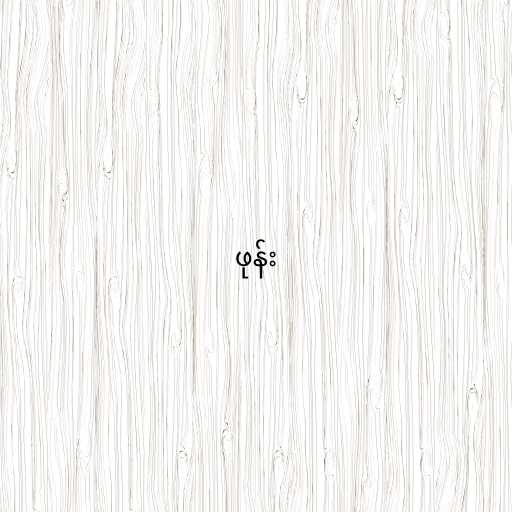
ဖုန်း